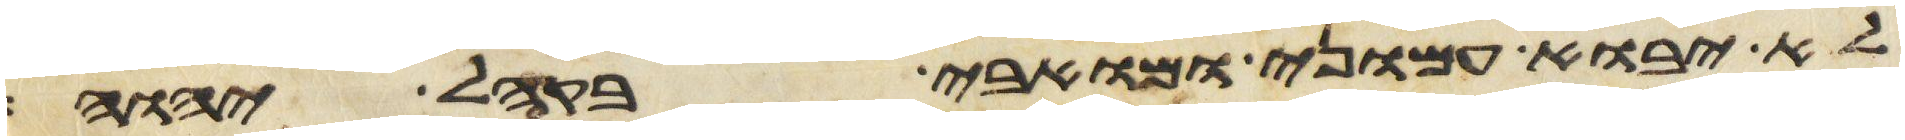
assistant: לא יבוא עמוני ומואבי בקהל יהוה